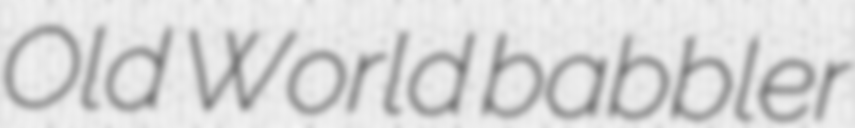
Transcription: Old World babbler